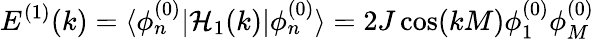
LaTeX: E^{(1)}(k)=\langle\phi_{n}^{(0)}|\mathcal{H}_{1}(k)|\phi_{n}^{(0)}\rangle=2J\cos(kM)\phi_{1}^{(0)}\phi_{M}^{(0)}